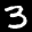
Label: 3